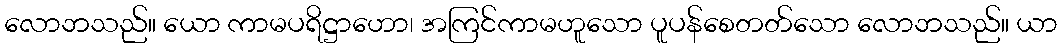
လောဘသည်။ ယော ကာမပရိဋ္ဌာဟော၊ အကြင်ကာမဟူသော ပူပန်စေတတ်သော လောဘသည်။ ယာ